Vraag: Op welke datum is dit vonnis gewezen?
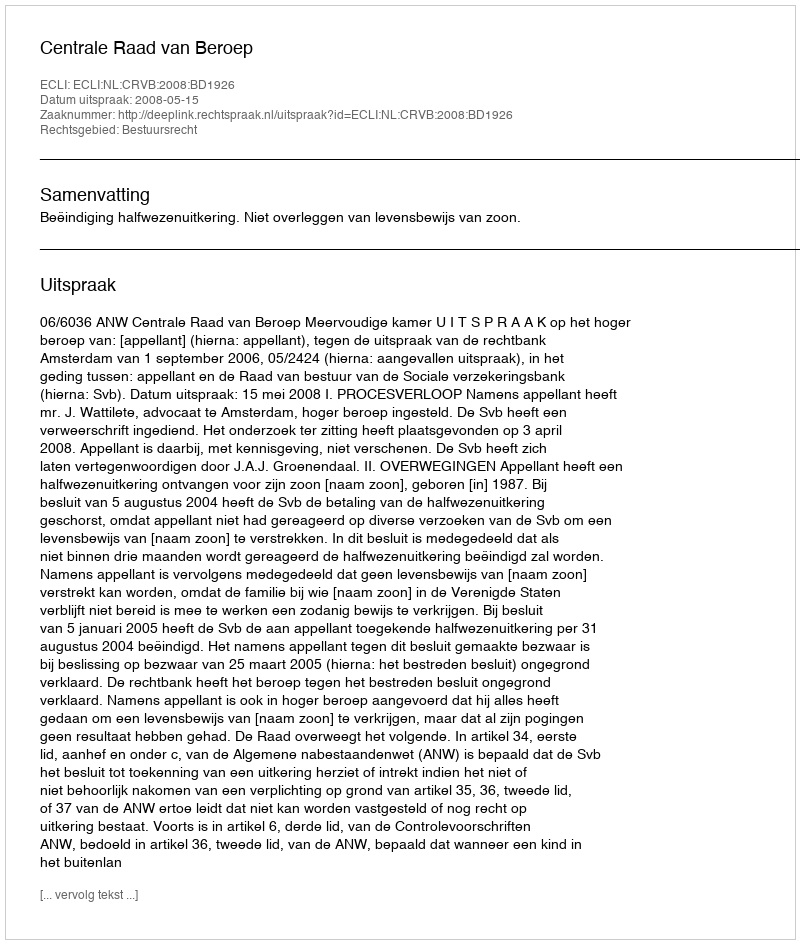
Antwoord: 2008-05-15